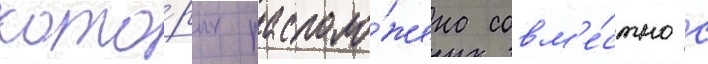
кото́рых располо́жена совм'е́стно с